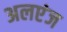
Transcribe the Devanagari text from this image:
अलएंज